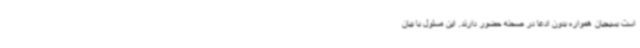
است بسیجیان همواره بدون ادعا در صحنه حضور دارند. این مسئول با بیان